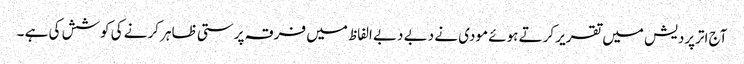
آج اترپردیش میں تقریر کرتے ہوئے مودی نے دبے دبے الفاظ میں فرقہ پرستی ظاہر کرنے کی کوشش کی ہے ۔